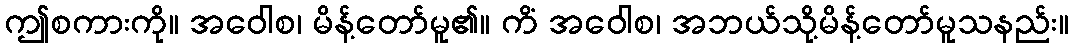
ဤစကားကို။ အဝေါစ၊ မိန့်တော်မူ၏။ ကိံ အဝေါစ၊ အဘယ်သို့မိန့်တော်မူသနည်း။